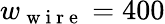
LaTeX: w_{\mathrm{~w~i~r~e~}}=400